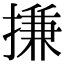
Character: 搛